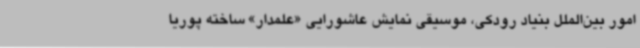
امور بین‌الملل بنیاد رودکی، موسیقی نمایش عاشورایی «علمدار» ساخته پوریا